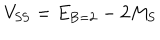
V _ { \mathrm { S S } } = E _ { \mathrm { B } = 2 } - 2 M _ { \mathrm { S } }